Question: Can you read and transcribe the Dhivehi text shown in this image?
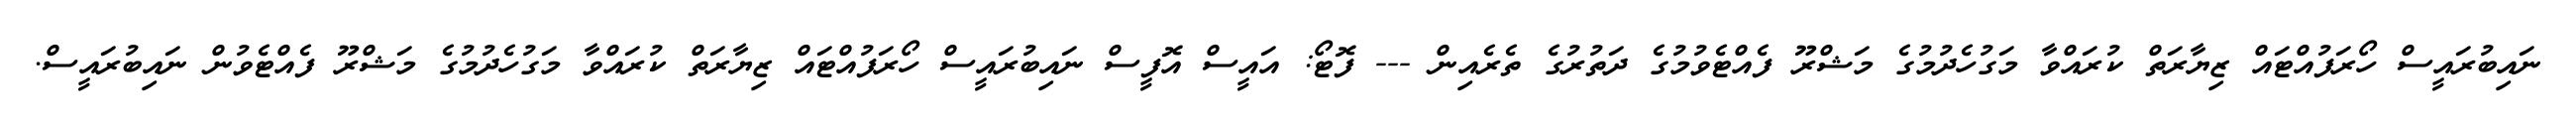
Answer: ނައިބުރައީސް ހޯރަފުއްޓައް ޒިޔާރަތް ކުރައްވާ މަގުހެދުމުގެ މަޝްރޫ ފެއްޓެވުމުގެ ދަތުރުގެ ތެރެއިން --- ފޮޓޯ: އައީސް އޮފީސް ނައިބުރައީސް ހޯރަފުއްޓައް ޒިޔާރަތް ކުރައްވާ މަގުހެދުމުގެ މަޝްރޫ ފެއްޓެވުން ނައިބުރައީސް.